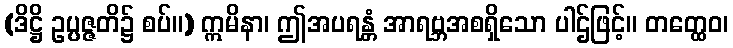
(ဒိဋ္ဌိ ဥပ္ပဇ္ဇတိ၌ စပ်။) ဣမိနာ၊ ဤအပရန္တံ အာရဗ္ဘအစရှိသော ပါဌ်ဖြင့်။ တတ္ထေဝ၊